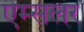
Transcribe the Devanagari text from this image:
ऐम्सलर